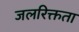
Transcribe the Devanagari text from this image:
जलरिक्तता